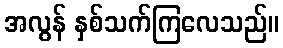
အလွန် နှစ်သက်ကြလေသည်။